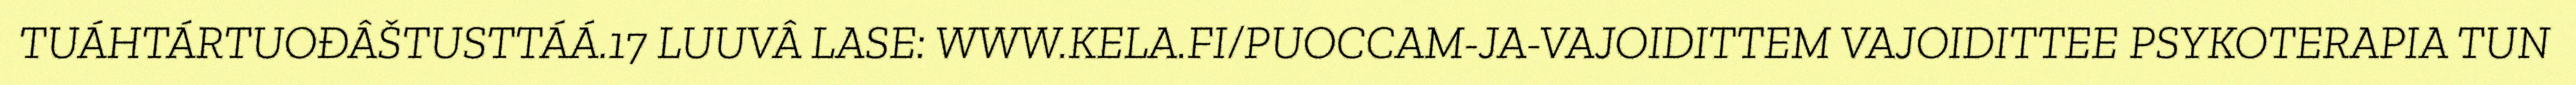
TUÁHTÁRTUOĐÂŠTUSTTÁÁ.17 LUUVÂ LASE: WWW.KELA.FI/PUOCCAM-JA-VAJOIDITTEM VAJOIDITTEE PSYKOTERAPIA TUN